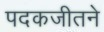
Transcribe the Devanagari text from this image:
पदकजीतने